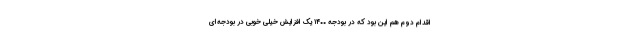
اقدام دوم هم این بود که در بودجه ۱۴۰۰ یک افزایش خیلی خوبی در بودجه‌ای